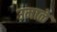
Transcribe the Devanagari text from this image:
उमाळे